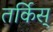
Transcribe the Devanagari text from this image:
तर्किस्